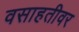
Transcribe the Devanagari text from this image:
वसाहतीवर